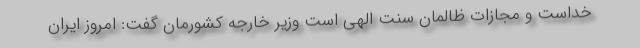
خداست و مجازات ظالمان سنت الهی است وزیر خارجه کشورمان گفت: امروز ایران